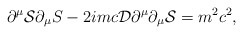
\begin{align*}\partial ^{\mu }{\cal S} \partial _{\mu }S -2i mc {\cal D} \partial ^{\mu } \partial _{\mu}{\cal S} = m ^{2}c^{2 } ,\end{align*}